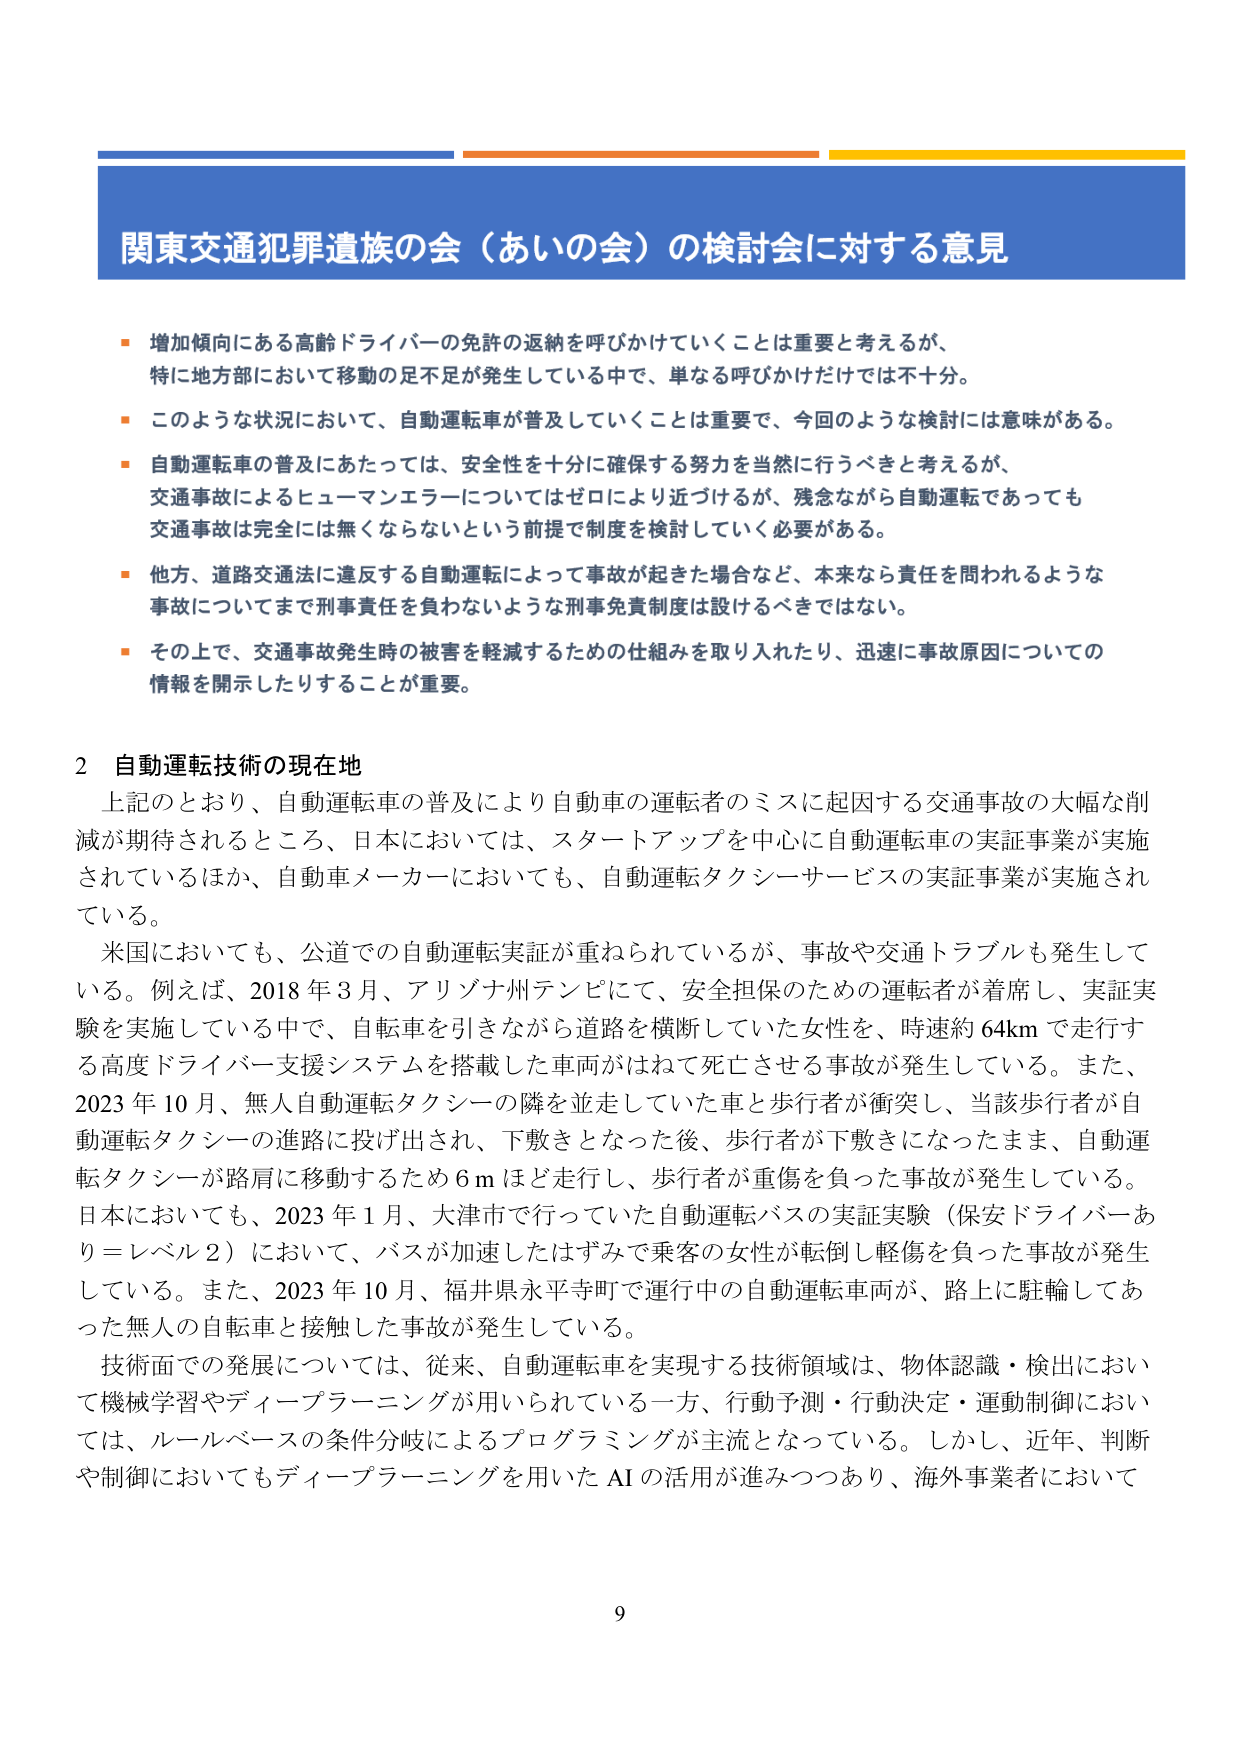
関東交通犯罪遺族の会（あいの会）の検討会に対する意見

■ 増加傾向にある高齢ドライバーの免許の返納を呼びかけていくことは重要と考えるが、
特に地方部において移動の足不足が発生している中で、単なる呼びかけだけでは不十分。

■ このような状況において、自動運転車が普及していくことは重要で、今回のような検討には意味がある。

■ 自動運転車の普及にあたっては、安全性を十分に確保する努力を当然に行うべきと考えるが、
交通事故によるヒューマンエラーについてはゼロにより近づけるが、残念ながら自動運転であっても
交通事故は完全には無くならないという前提で制度を検討していく必要がある。

■ 他方、道路交通法に違反する自動運転によって事故が起きた場合など、本来なら責任を問われるような
事故についてまで刑事責任を負わないような刑事免責制度は設けるべきではない。

■ その上で、交通事故発生時の被害を軽減するための仕組みを取り入れたり、迅速に事故原因についての
情報を開示したりすることが重要。

2 自動運転技術の現在地

上記のとおり、自動運転車の普及により自動車の運転者のミスに起因する交通事故の大幅な削
減が期待されるところ、日本においては、スタートアップを中心に自動運転車の実証事業が実施
されているほか、自動車メーカーにおいても、自動運転タクシーサービスの実証事業が実施され
ている。

米国においても、公道での自動運転実証が重ねられているが、事故や交通トラブルも発生して
いる。例えば、2018年3月、アリゾナ州テンピにて、安全担保のための運転者が着席し、実証実
験を実施している中で、自転車を引きながら道路を横断していた女性を、時速約64kmで走行す
る高度ドライバー支援システムを搭載した車両がはねて死亡させる事故が発生している。また、
2023年10月、無人自動運転タクシーの隣を並走していた車と歩行者が衝突し、当該歩行者が自
動運転タクシーの進路に投げ出され、下敷きとなった後、歩行者が下敷きになったまま、自動運
転タクシーが路肩に移動するため6mほど走行し、歩行者が重傷を負った事故が発生している。
日本においても、2023年1月、大津市で行っていた自動運転バスの実証実験（保安ドライバーあ
り＝レベル2）において、バスが加速したはずみで乗客の女性が転倒し軽傷を負った事故が発生
している。また、2023年10月、福井県永平寺町で運行中の自動運転車両が、路上に駐輪してあ
った無人の自転車と接触した事故が発生している。

技術面での発展については、従来、自動運転車を実現する技術領域は、物体認識・検出におい
て機械学習やディープラーニングが用いられている一方、行動予測・行動決定・運動制御におい
ては、ルールベースの条件分岐によるプログラミングが主流となっている。しかし、近年、判断
や制御においてもディープラーニングを用いたAIの活用が進みつつあり、海外事業者において

9